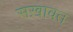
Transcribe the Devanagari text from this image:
सख़ावत